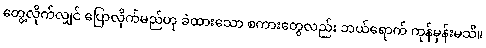
တွေ့လိုက်လျှင် ပြောလိုက်မည်ဟု ခဲထားသော စကားတွေလည်း ဘယ်ရောက် ကုန်မှန်းမသိ။